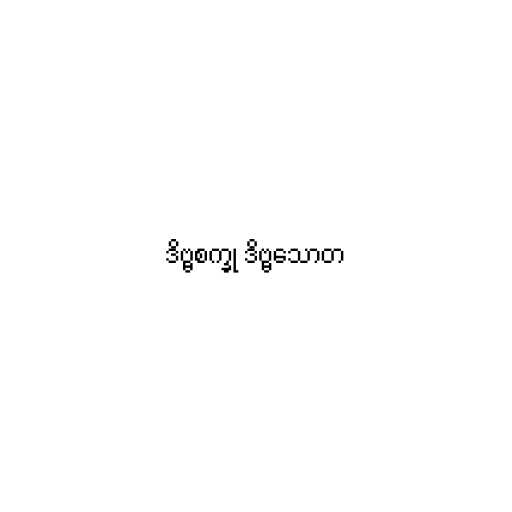
ဒိဗ္ဗစက္ခု ဒိဗ္ဗသောတ